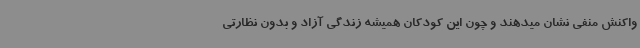
واکنش منفی نشان میدهند و چون این کودکان همیشه زندگی آزاد و بدون نظارتی